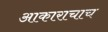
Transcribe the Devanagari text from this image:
आकाराचाच